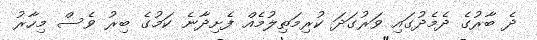
ދެ ބާރުގެ ދެމެދުގައި ވަރުގަދަ ކުރިމަތިލުމެއް ފެށިދާނެ ކަމުގެ ބިރު ވެސް މިހާރު